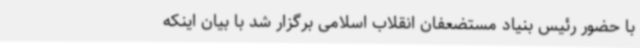
با حضور رئیس بنیاد مستضعفان انقلاب اسلامی برگزار شد با بیان اینکه